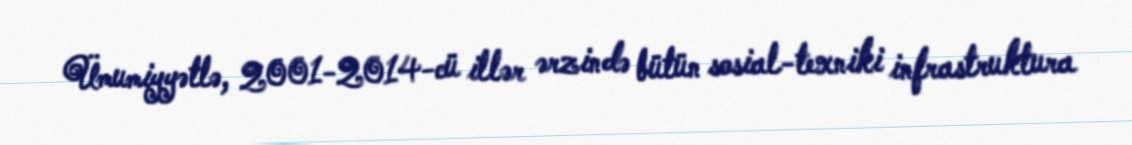
Ümumiyyətlə, 2001-2014-cü illər ərzində bütün sosial-texniki infrastruktura